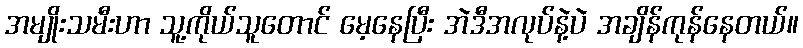
အမျိုးသမီးဟာ သူ့ကိုယ်သူတောင် မေ့နေပြီး အဲဒီအလုပ်နဲ့ပဲ အချိန်ကုန်နေတယ်။